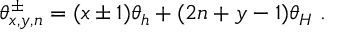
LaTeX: \theta _ { x , y , n } ^ { \pm } = ( x \pm 1 ) \theta _ { h } + ( 2 n + y - 1 ) \theta _ { H } \; .